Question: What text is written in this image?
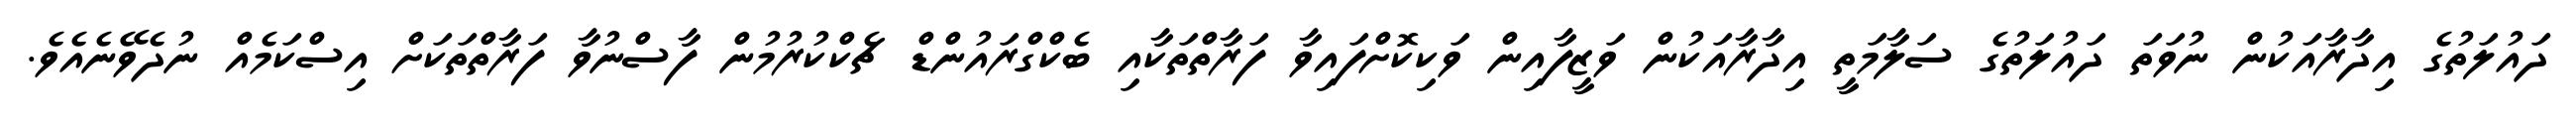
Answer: ދައުލަތުގެ އިދާރާއަކުން ނުވަތަ ދައުލަތުގެ ސަލާމަތީ އިދާރާއަކުން ވަޒީފާއިން ވަކިކޮށްފައިވާ ފަރާތްތަކާއި ބެކްގްރައުންޑް ޗެކްކުރުމުން ފާސްނުވާ ފަރާތްތަކަށް އިސްކަމެއް ނުދެވޭނެއެވެ.